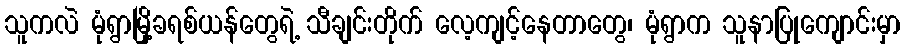
သူကလဲ မုံရွာမြို့ခရစ်ယန်တွေရဲ့ သီချင်းတိုက် လေ့ကျင့်နေတာတွေ၊ မုံရွာက သူနာပြုကျောင်းမှာ